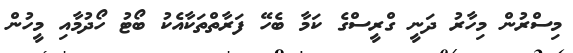
މިސްރުން މިހާރު ދަނީ ގްރީސްގެ ކަމާ ބެހޭ ފަރާތްތަކާއެކު ބޯޓު ހޯދުމާއި މީހުން